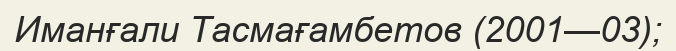
Иманғали Тасмағамбетов (2001—03);